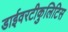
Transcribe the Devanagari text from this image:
डाईवरटीकुलिटिस